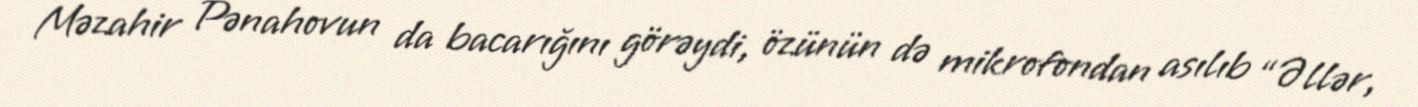
Məzahir Pənahovun da bacarığını görəydi, özünün də mikrofondan asılıb “Əllər,